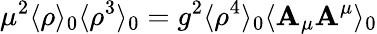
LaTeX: \mu^{2}\langle\rho\rangle_{0}\langle\rho^{3}\rangle_{0}=g^{2}\langle\rho^{4}\rangle_{0}\langle\mathbf{A}_{\mu}\mathbf{A}^{\mu}\rangle_{0}